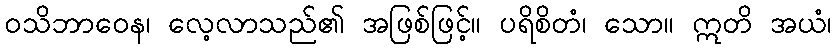
ဝသိဘာဝေန၊ လေ့လာသည်၏ အဖြစ်ဖြင့်။ ပရိစိတံ၊ သော။ ဣတိ အယံ၊